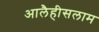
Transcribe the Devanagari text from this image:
आलैहीसलाम